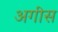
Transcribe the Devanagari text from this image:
अगीस